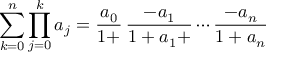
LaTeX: \sum _ { k = 0 } ^ { n } \prod _ { j = 0 } ^ { k } a _ { j } = { \frac { a _ { 0 } } { 1 + } } \, { \frac { - a _ { 1 } } { 1 + a _ { 1 } + } } \cdots { \frac { - a _ { n } } { 1 + a _ { n } } }